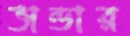
ভান্ডার